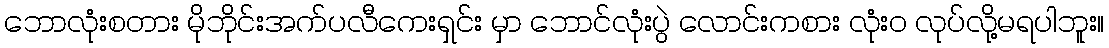
ဘောလုံးစတား မိုဘိုင်းအက်ပလီကေးရှင်း မှာ ဘောင်လုံးပွဲ လောင်းကစား လုံးဝ လုပ်လို့မရပါဘူး။